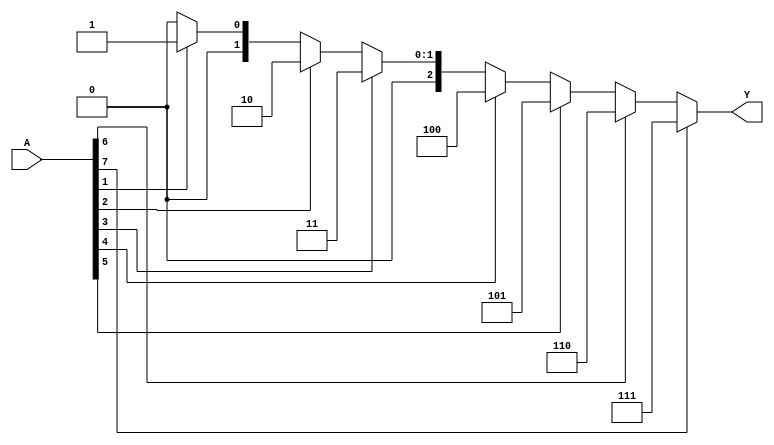
module octal_to_binary_encoder (
    input wire [7:0] A,   // 8-bit octal input
    output reg [2:0] Y    // 3-bit binary output
);

    always @* begin
        // Default output if no input is active
        Y = 3'b000;

        // Check inputs from highest priority to lowest
        if (A[7]) Y = 3'b111; // If A[7] is high, output 7
        else if (A[6]) Y = 3'b110; // If A[6] is high, output 6
        else if (A[5]) Y = 3'b101; // If A[5] is high, output 5
        else if (A[4]) Y = 3'b100; // If A[4] is high, output 4
        else if (A[3]) Y = 3'b011; // If A[3] is high, output 3
        else if (A[2]) Y = 3'b010; // If A[2] is high, output 2
        else if (A[1]) Y = 3'b001; // If A[1] is high, output 1
        else if (A[0]) Y = 3'b000; // If A[0] is high, output 0
    end

endmodule